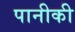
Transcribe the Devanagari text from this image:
पानीकी